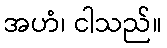
အဟံ၊ ငါသည်။